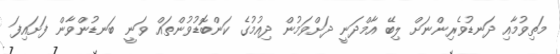
މަތިވުމާއި ދަނޑުވެރިންނަށް ލިބޭ އާމްދަނީ ދަށްވަމުން ދިއުމުގެ ކަންބޮޑުވުންތައް ވަނީ ބަނޑުންވާން ފަށައިފަ